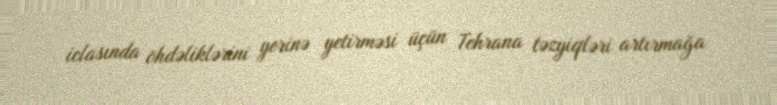
iclasında öhdəliklərini yerinə yetirməsi üçün Tehrana təzyiqləri artırmağa